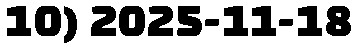
10) 2025-11-18